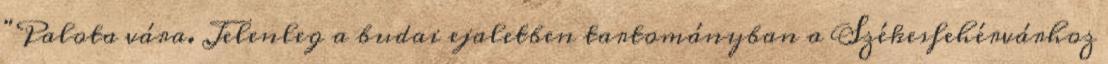
"Palota vára. Jelenleg a budai ejaletben tartományban a Székesfehérvárhoz